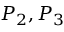
P _ { 2 } , P _ { 3 }